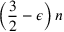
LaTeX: \left( { \frac { 3 } { 2 } } - \epsilon \right) n